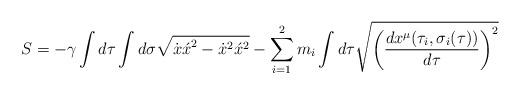
LaTeX: \begin{align*}S=-\gamma \int d \tau \int d \sigma \sqrt{{\dot x\acute x}^{2}-{\dot x}^{2}{\acute x}^{2}}-\sum_{i=1}^2 m_i\int d \tau\sqrt{{\left(\frac{d x^{\mu}({\tau}_i,{\sigma}_i(\tau))} { d\tau}\right)}^{2}}\end{align*}